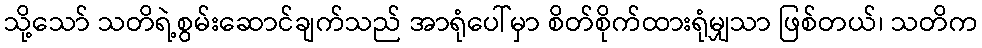
သို့သော် သတိရဲ့စွမ်းဆောင်ချက်သည် အာရုံပေါ်မှာ စိတ်စိုက်ထားရုံမျှသာ ဖြစ်တယ်၊ သတိက